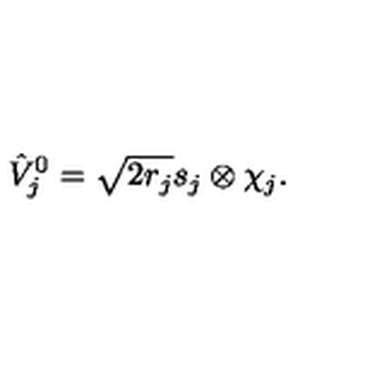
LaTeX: \hat { V } _ { j } ^ { 0 } = \sqrt { 2 r _ { j } } s _ { j } \otimes \chi _ { j } .